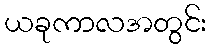
ယခုကာလအတွင်း